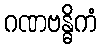
ဂဏဗန္ဓိကံ